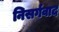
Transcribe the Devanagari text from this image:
निसर्गवाद